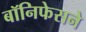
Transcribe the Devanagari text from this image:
बॉनिफेसने